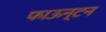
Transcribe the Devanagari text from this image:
फाऊन्टन